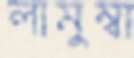
লামুম্বা